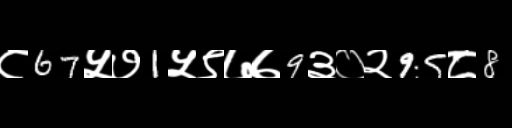
Text: ८67५७1५९७७9३०२95८8